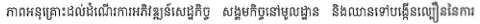
ភាពអនុគ្រោះដល់ដំណើរការអភិវឌ្ឍន៏សេដ្ឋកិច្ច សង្គមកិច្ចនៅមូលដ្ឋាន និងឈានទៅបង្កើនល្បឿននៃការ